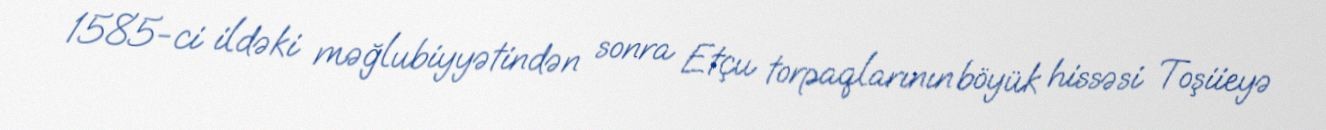
1585-ci ildəki məğlubiyyətindən sonra Etçu torpaqlarının böyük hissəsi Toşiieyə